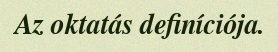
Az oktatás definíciója.